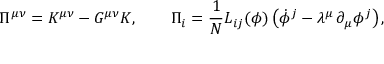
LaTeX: \Pi ^ { \mu \nu } = K ^ { \mu \nu } - G ^ { \mu \nu } K , \qquad \Pi _ { i } = { \frac { 1 } { N } } L _ { i j } ( \phi ) \left( \dot { \phi } ^ { j } - \lambda ^ { \mu } \, \partial _ { \mu } \phi ^ { j } \right) ,